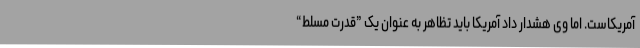
آمریکاست. اما وی هشدار داد آمریکا باید تظاهر به عنوان یک ”قدرت مسلط“